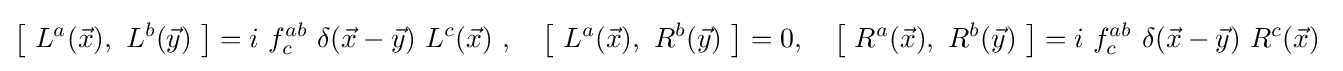
{\bigl [}\ L^{a}({\vec {x}}),\ L^{b}({\vec {y}})\ {\bigr ]}=i\ f_{c}^{ab}\ \delta ({\vec {x}}-{\vec {y}})\ L^{c}({\vec {x}})\ ,\quad {\bigl [}\ L^{a}({\vec {x}}),\ R^{b}({\vec {y}})\ {\bigr ]}=0,\quad {\bigl [}\ R^{a}({\vec {x}}),\ R^{b}({\vec {y}})\ {\bigr ]}=i\ f_{c}^{ab}\ \delta ({\vec {x}}-{\vec {y}})\ R^{c}({\vec {x}})~